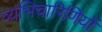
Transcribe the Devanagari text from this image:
व्यभिचारिणियों